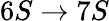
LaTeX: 6S\rightarrow 7S